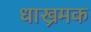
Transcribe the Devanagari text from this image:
धाख्रमक